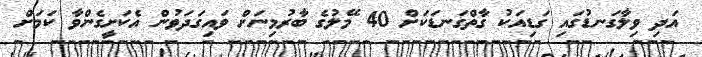
އަދި ވިލާގަނޑުގައި ގަޑިއަކު ގާތްގަނޑަކަށް 40 މޭލުގެ ބާރުމިނަށް ވައިގަދަވުން އެކަށީގެންވާ ކަމަށް